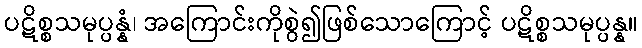
ပဋိစ္စသမုပ္ပန္နံ၊ အကြောင်းကိုစွဲ၍ဖြစ်သောကြောင့် ပဋိစ္စသမုပ္ပန္န။